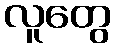
လူတွေ